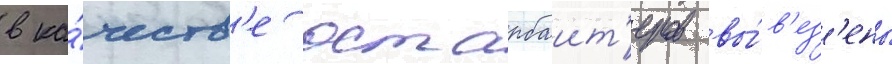
в ка́честв'е остарбаит'еров вы́в'ез'ены